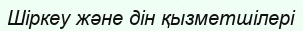
Шіркеу және дін қызметшілері